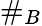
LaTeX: \# _{B}